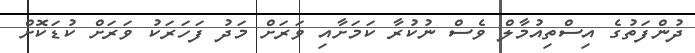
ދުންފަތުގެ އިސްތިއުމާލް ވެސް ނުކުރާ ކަމަށާއި ވަރަށް މަދު ފަހަރަކު ވަރަށް ކުޑަކޮށް